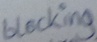
Text: blocking